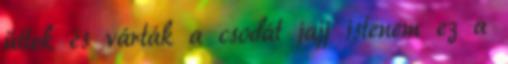
ültek és várták a csodát jajj istenem ez a